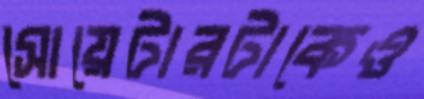
সোয়েটারটাকেও